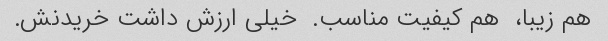
هم زیبا،  هم کیفیت مناسب.  خیلی ارزش داشت خریدنش.